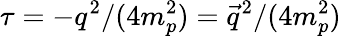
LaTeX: \tau=-q^{2}/(4m_{p}^{2})=\vec{q}^{2}/(4m_{p}^{2})